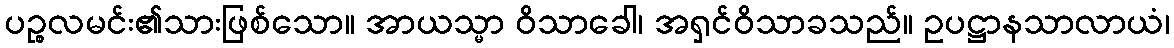
ပဉ္စလမင်း၏သားဖြစ်သော။ အာယသ္မာ ဝိသာခေါ၊ အရှင်ဝိသာခသည်။ ဥပဋ္ဌာနသာလာယံ၊